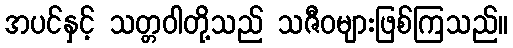
အပင်နှင့် သတ္တဝါတို့သည် သဇီဝများဖြစ်ကြသည်။